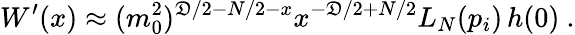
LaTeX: W^{\prime}(x)\approx(m_{0}^{2})^{\mathfrak{D}/2-N/2-x}x^{-\mathfrak{D}/2+N/2}L_{N}(p_{i})\, h(0)\ .